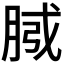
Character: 𭨴